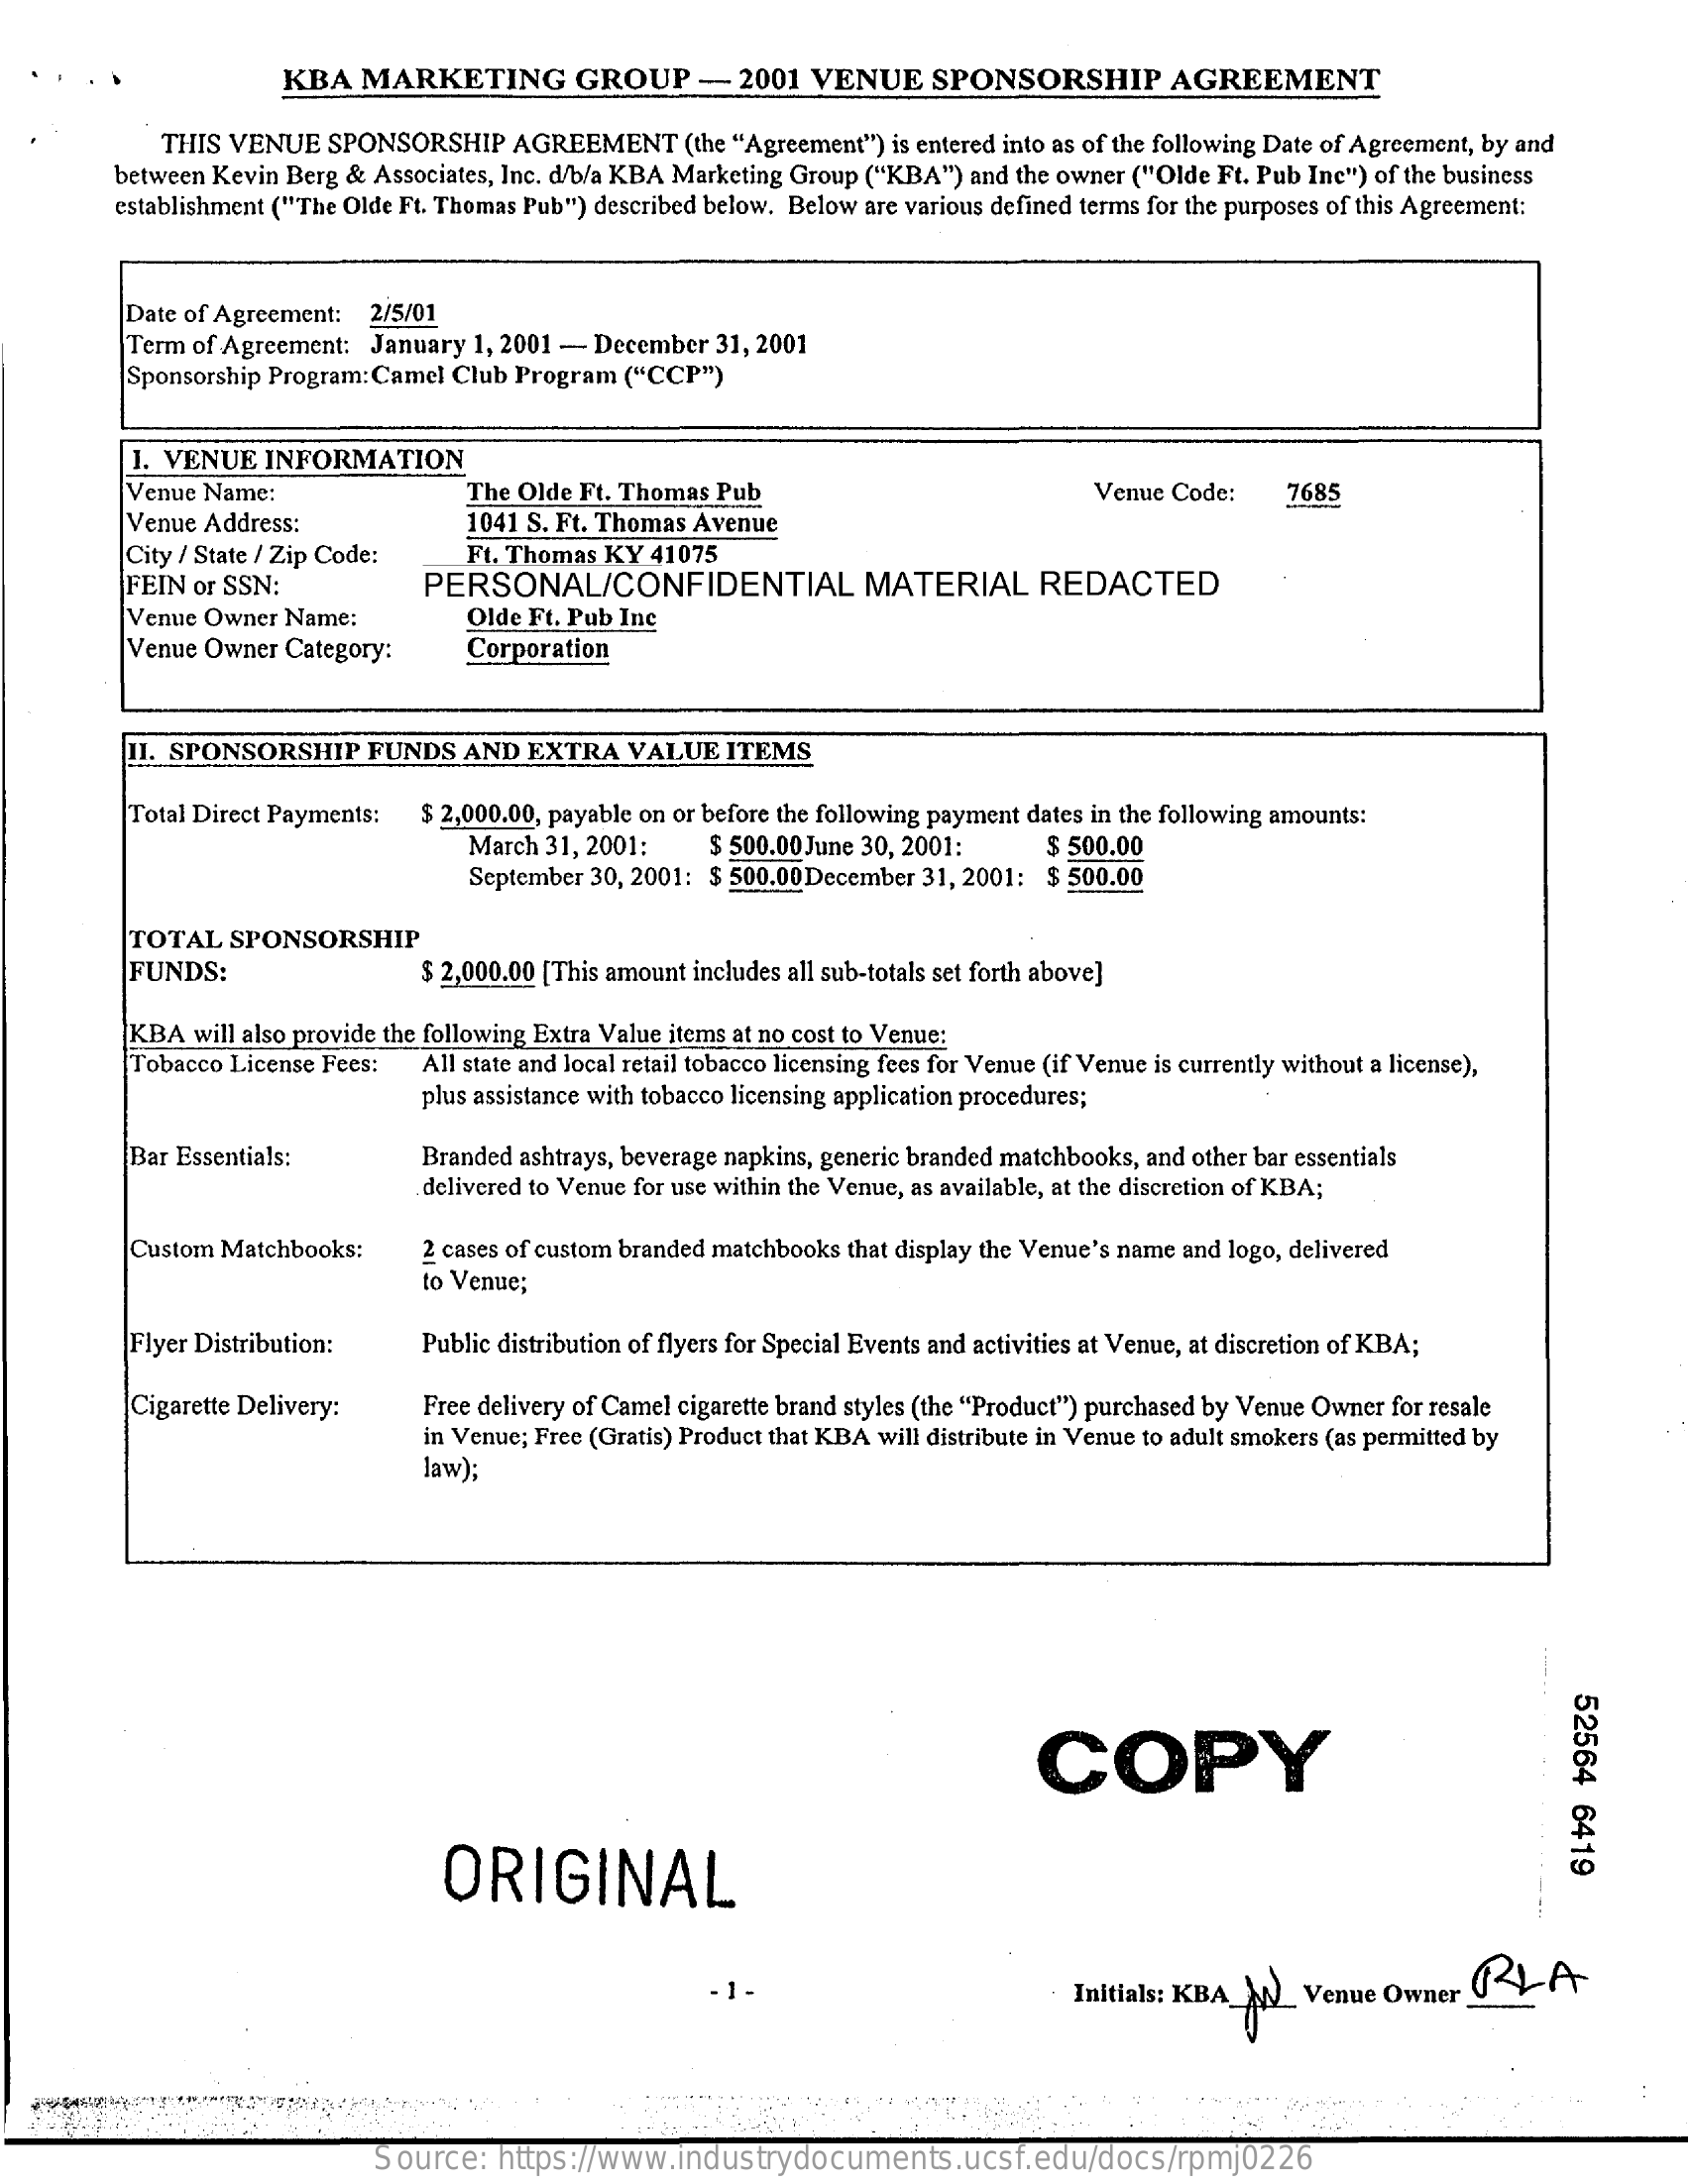
KBA   MARKETING    GROUP    -  2001  VENUE    SPONSORSHIP    AGREEMENT
     THIS VENUE  SPONSORSHIP   AGREEMENT    (the "Agreement") is entered into as of the following Date of Agreement, by and
     between Kevin Berg & Associates, Inc. d/b/a KBA Marketing Group ("KBA") and the owner ("Olde Ft. Pub Ine") of the business
     establishment ("The Olde Ft. Thomas Pub") described below. Below are various defined terms for the purposes of this Agreement:
     Date of Agreement: 2/5/01
     Term of Agreement: January 1, 2001 - December 31, 2001
     Sponsorship Program: Camel Club Program ("CCP")
     I. VENUE  INFORMATION
     Venue Name:    The Olde Ft. Thomas Pub    Venue Code:    7685
     Venue Address:
     City / State / Zip Code:
     1041 S. Ft. Thomas Avenue
     FEIN or SSN:
     Ft. Thomas KY 41075
     PERSONAL/CONFIDENTIAL    MATERIAL    REDACTED
     Venue Owner Name:
     Venue Owner Category:
     Olde Ft. Pub Ine
     Corporation
     11. SPONSORSHIP   FUNDS   AND EXTRA   VALUE   ITEMS
     Total Direct Payments: $ 2,000.00, payable on or before the following payment dates in the following amounts:
     March 31, 2001:   $ 500.00 June 30, 2001:
     September 30, 2001: $ 500.00December 31, 2001: $ 500.00
     $ 500.00
     TOTAL   SPONSORSHIP
     FUNDS:    $ 2,000.00 [This amount includes all sub-totals set forth above]
     KBA  will also provide the following Extra Value items at no cost to Venue:
     Tobacco License Fees:  All state and local retail tobacco licensing fees for Venue (if Venue is currently without a license),
     plus assistance with tobacco licensing application procedures;
     Bar Essentials:    Branded ashtrays, beverage napkins, generic branded matchbooks, and other bar essentials
     delivered to Venue for use within the Venue, as available, at the discretion of KBA;
     Custom Matchbooks:    2 cases of custom branded matchbooks that display the Venue's name and logo, delivered
     to Venue;
     Flyer Distribution:   Public distribution of flyers for Special Events and activities at Venue, at discretion of KBA;
     Cigarette Delivery:   Free delivery of Camel cigarette brand styles (the "Product") purchased by Venue Owner for resale
     law);
     in Venue; Free (Gratis) Product that KBA will distribute in Venue to adult smokers (as permitted by
     52564
     6419
     COPY
     ORIGINAL
     . 1 -    Initials: KBA __ Venue  Owner    LA
     Source:   https://www.industrydocuments.ucsf.edu/docs/rpmj0226